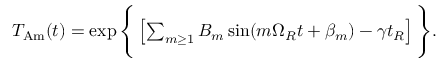
\begin{array} { r } { T _ { \mathrm { A m } } ( t ) = \exp \Bigg \{ \left[ \sum _ { m \geq 1 } B _ { m } \sin ( m \Omega _ { R } t + \beta _ { m } ) - \gamma t _ { R } \right] \Bigg \} . } \end{array}